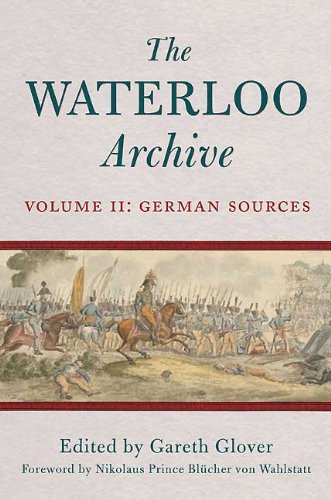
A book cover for WATERLOO ARCHIVE, THE: Volume II: The German Sources; Gareth Glover; History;